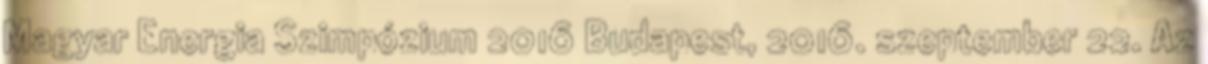
Magyar Energia Szimpózium 2016 Budapest, 2016. szeptember 22. Az